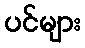
ပင်များ